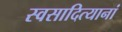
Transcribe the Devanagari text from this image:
स्वसादित्यानां